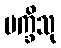
ပက္ခိသု